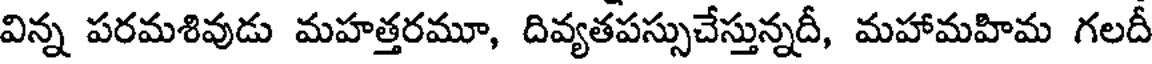
విన్న పరమశివుడు మహత్తరమూ, దివ్యతపస్సుచేస్తున్నదీ, మహామహిమ గలదీ